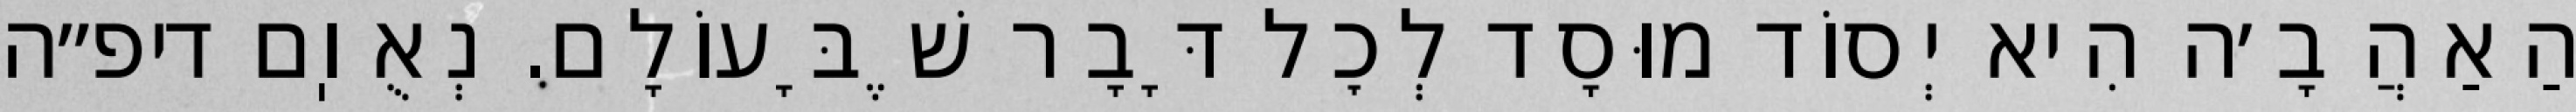
הַאַהֲבָ׳ה הִיא יְסוֹד מוּסָד לְכׇל דָּבָר שֶׁבָּעוֹלָם. נְאֻוֽם דיפ״ה